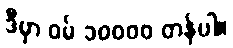
ဒီမှာ ဝမ် ၁၀၀၀၀ တန်ပါ။